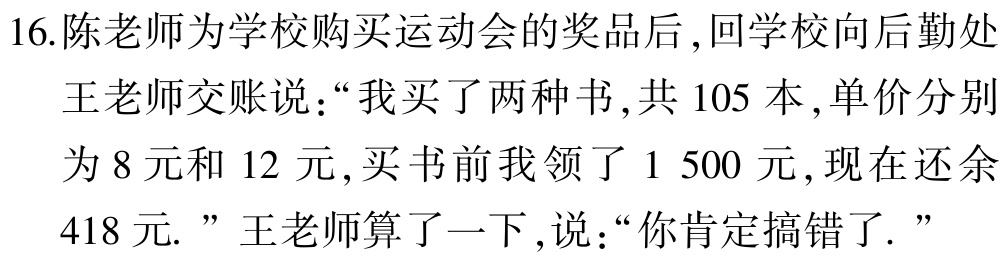
16.陈老师为学校购买运动会的奖品后,回学校向后勤处
王老师交账说:“我买了两种书,共 105 本,单价分别
为 8 元和 12 元,买书前我领了 1 500 元,现在还余
418 元.”王老师算了一下,说:“你肯定搞错了.”